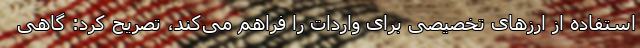
استفاده از ارزهای تخصیصی برای واردات را فراهم می‌کند، تصریح کرد: گاهی